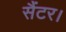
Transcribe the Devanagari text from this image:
सैंटर।